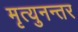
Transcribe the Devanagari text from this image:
मृत्युनन्तर